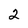
Character: 2